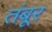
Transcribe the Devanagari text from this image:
तंबूर